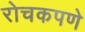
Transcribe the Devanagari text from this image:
रोचकपणे